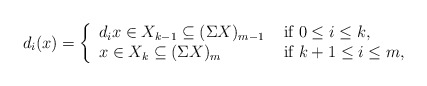
\begin{align*}d_i(x)=\left\{\begin{array}{lllll}d_ix\in X_{k-1}\subseteq (\Sigma X)_{m-1}&\mbox{ if }0\leq i\leq k,\\x\in X_{k}\subseteq (\Sigma X)_{m} &\mbox{ if }k+1\leq i \leq m,\end{array}\right.\end{align*}